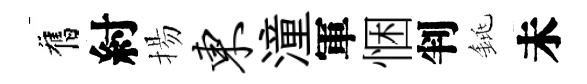
舊紂揚东潼軍悃判銚未